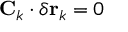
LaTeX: \mathbf { C } _ { k } \cdot \delta \mathbf { r } _ { k } = 0